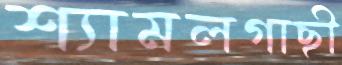
শ্যামলগাছী